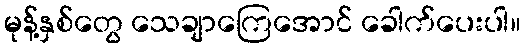
မုန့်နှစ်တွေ သေချာကြေအောင် ခေါက်ပေးပါ။